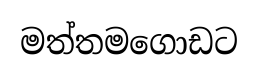
මත්තමගොඩට